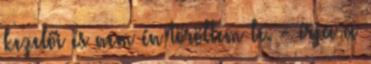
kezelői és nem én töröltem le. - írja a